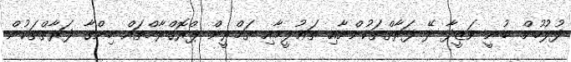
ފުލުހުން ބުނީ ވަޒީފާ ދޭ ފަރާތްތަކުންނާއި ތަޢުލީމާއި ތަމްރީން ޕްރޮގްރާމްތައް ހިންގާ ފަރާތްތަކުން